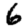
Digit: 6